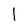
Character: 1